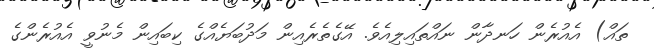
ތައް) އެއުރެން ހަނދާން ނައްތައިލިއެވެ. އޭގެތެރެއިން މަދުބަޔެއްގެ ކިބައިން މެނުވީ އެއުރެންގެ